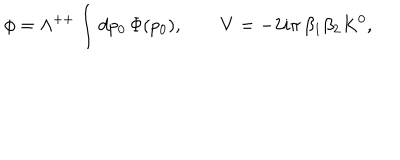
\phi = \Lambda ^ { + + } \int d p _ { 0 } \, \Phi ( p _ { 0 } ) , \qquad V = - 2 i \pi \, \beta _ { 1 } \beta _ { 2 } K ^ { 0 } ,